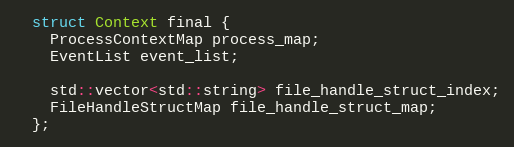
Language: C
  struct Context final {
    ProcessContextMap process_map;
    EventList event_list;

    std::vector<std::string> file_handle_struct_index;
    FileHandleStructMap file_handle_struct_map;
  };